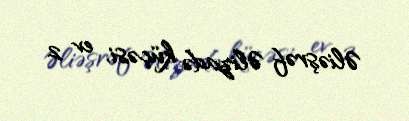
Əliəşrəf Əlizadə küçəsi, ev 2